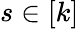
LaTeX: s\in[k]